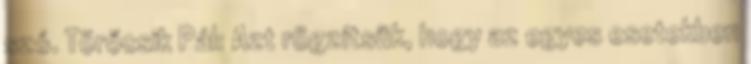
szó. Törőcsik Pál: Azt rögzítsük, hogy az egyes esetekben